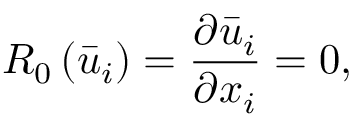
{ R _ { 0 } } \left( { { { \bar { u } } _ { i } } } \right) = \frac { { \partial { { \bar { u } } _ { i } } } } { { \partial { x _ { i } } } } = 0 ,